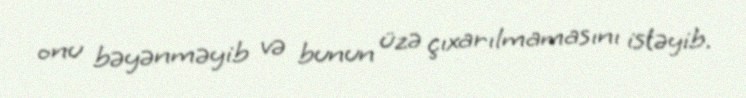
onu bəyənməyib və bunun üzə çıxarılmamasını istəyib.